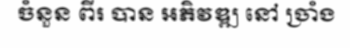
ចំនួន ពីរ បាន អភិវឌ្ឍ នៅ ច្រាំង